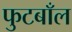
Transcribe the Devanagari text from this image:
फुटबाँल